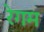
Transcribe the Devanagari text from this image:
रेगम